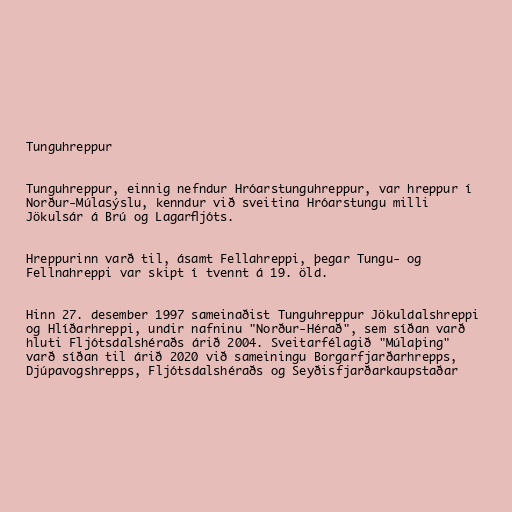
Tunguhreppur

Tunguhreppur, einnig nefndur Hróarstunguhreppur, var hreppur í
Norður-Múlasýslu, kenndur við sveitina Hróarstungu milli
Jökulsár á Brú og Lagarfljóts.

Hreppurinn varð til, ásamt Fellahreppi, þegar Tungu- og
Fellnahreppi var skipt í tvennt á 19. öld.

Hinn 27. desember 1997 sameinaðist Tunguhreppur Jökuldalshreppi
og Hlíðarhreppi, undir nafninu "Norður-Hérað", sem síðan varð
hluti Fljótsdalshéraðs árið 2004. Sveitarfélagið "Múlaþing"
varð síðan til árið 2020 við sameiningu Borgarfjarðarhrepps,
Djúpavogshrepps, Fljótsdalshéraðs og Seyðisfjarðarkaupstaðar